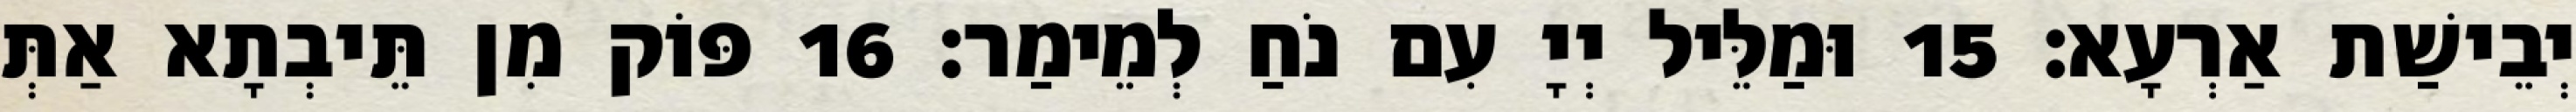
יְבֵישַׁת אַרְעָא׃ 15 וּמַלֵּיל יְיָ עִם נֹחַ לְמֵימַר׃ 16 פּוֹק מִן תֵּיבְתָא אַתְּ